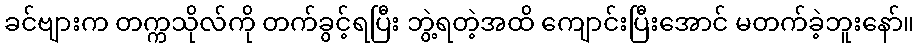
ခင်ဗျားက တက္ကသိုလ်ကို တက်ခွင့်ရပြီး ဘွဲ့ရတဲ့အထိ ကျောင်းပြီးအောင် မတက်ခဲ့ဘူးနော်။